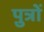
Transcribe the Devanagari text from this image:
पु़त्रों